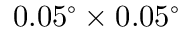
0 . 0 5 ^ { \circ } \times 0 . 0 5 ^ { \circ }